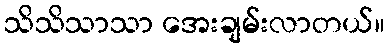
သိသိသာသာ အေးချမ်းလာတယ်။